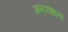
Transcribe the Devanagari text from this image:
अनरशाला